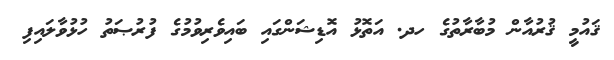
ޤައުމީ ޤުރުއާން މުބާރާތުގެ ހދ. އަތޮޅު އޮޑިޝަންގައި ބައިވެރިވުމުގެ ފުރުޞަތު ހުޅުވާލައިފި